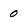
Character: 0